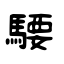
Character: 騕